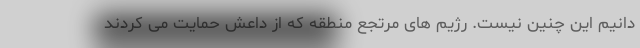
دانیم این چنین نیست. رژیم های مرتجع منطقه که از داعش حمایت می کردند